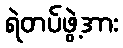
ရဲတပ်ဖွဲ့အား